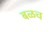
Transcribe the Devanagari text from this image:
बळच